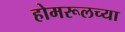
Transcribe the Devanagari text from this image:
होमरूलच्या